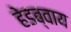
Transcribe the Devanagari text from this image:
हेडब्वाय